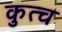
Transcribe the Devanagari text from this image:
कुत्च